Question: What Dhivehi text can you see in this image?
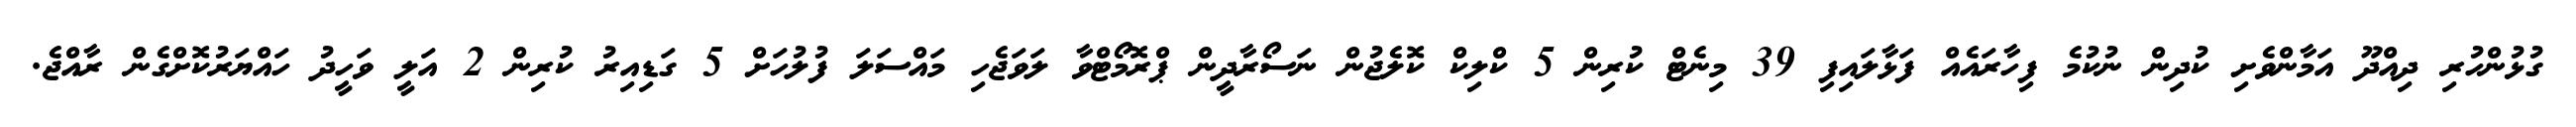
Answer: ގުޅުންހުރި ދިއްދޫ އަމާންވެށި ކުދިން ނުކުމެ ފިހާރައެއް ފަޅާލައިފި 39 މިނެޓް ކުރިން 5 ކްލިކް ކޮލެޖުން ނަސޯރާދީން ޕްރޮމޯޓްވާ ލަވަޖެހި މައްސަލަ ފުލުހަށް 5 ގަޑިއިރު ކުރިން 2 އަލީ ވަހީދު ހައްޔަރުކޮށްގެން ރާއްޖެ.